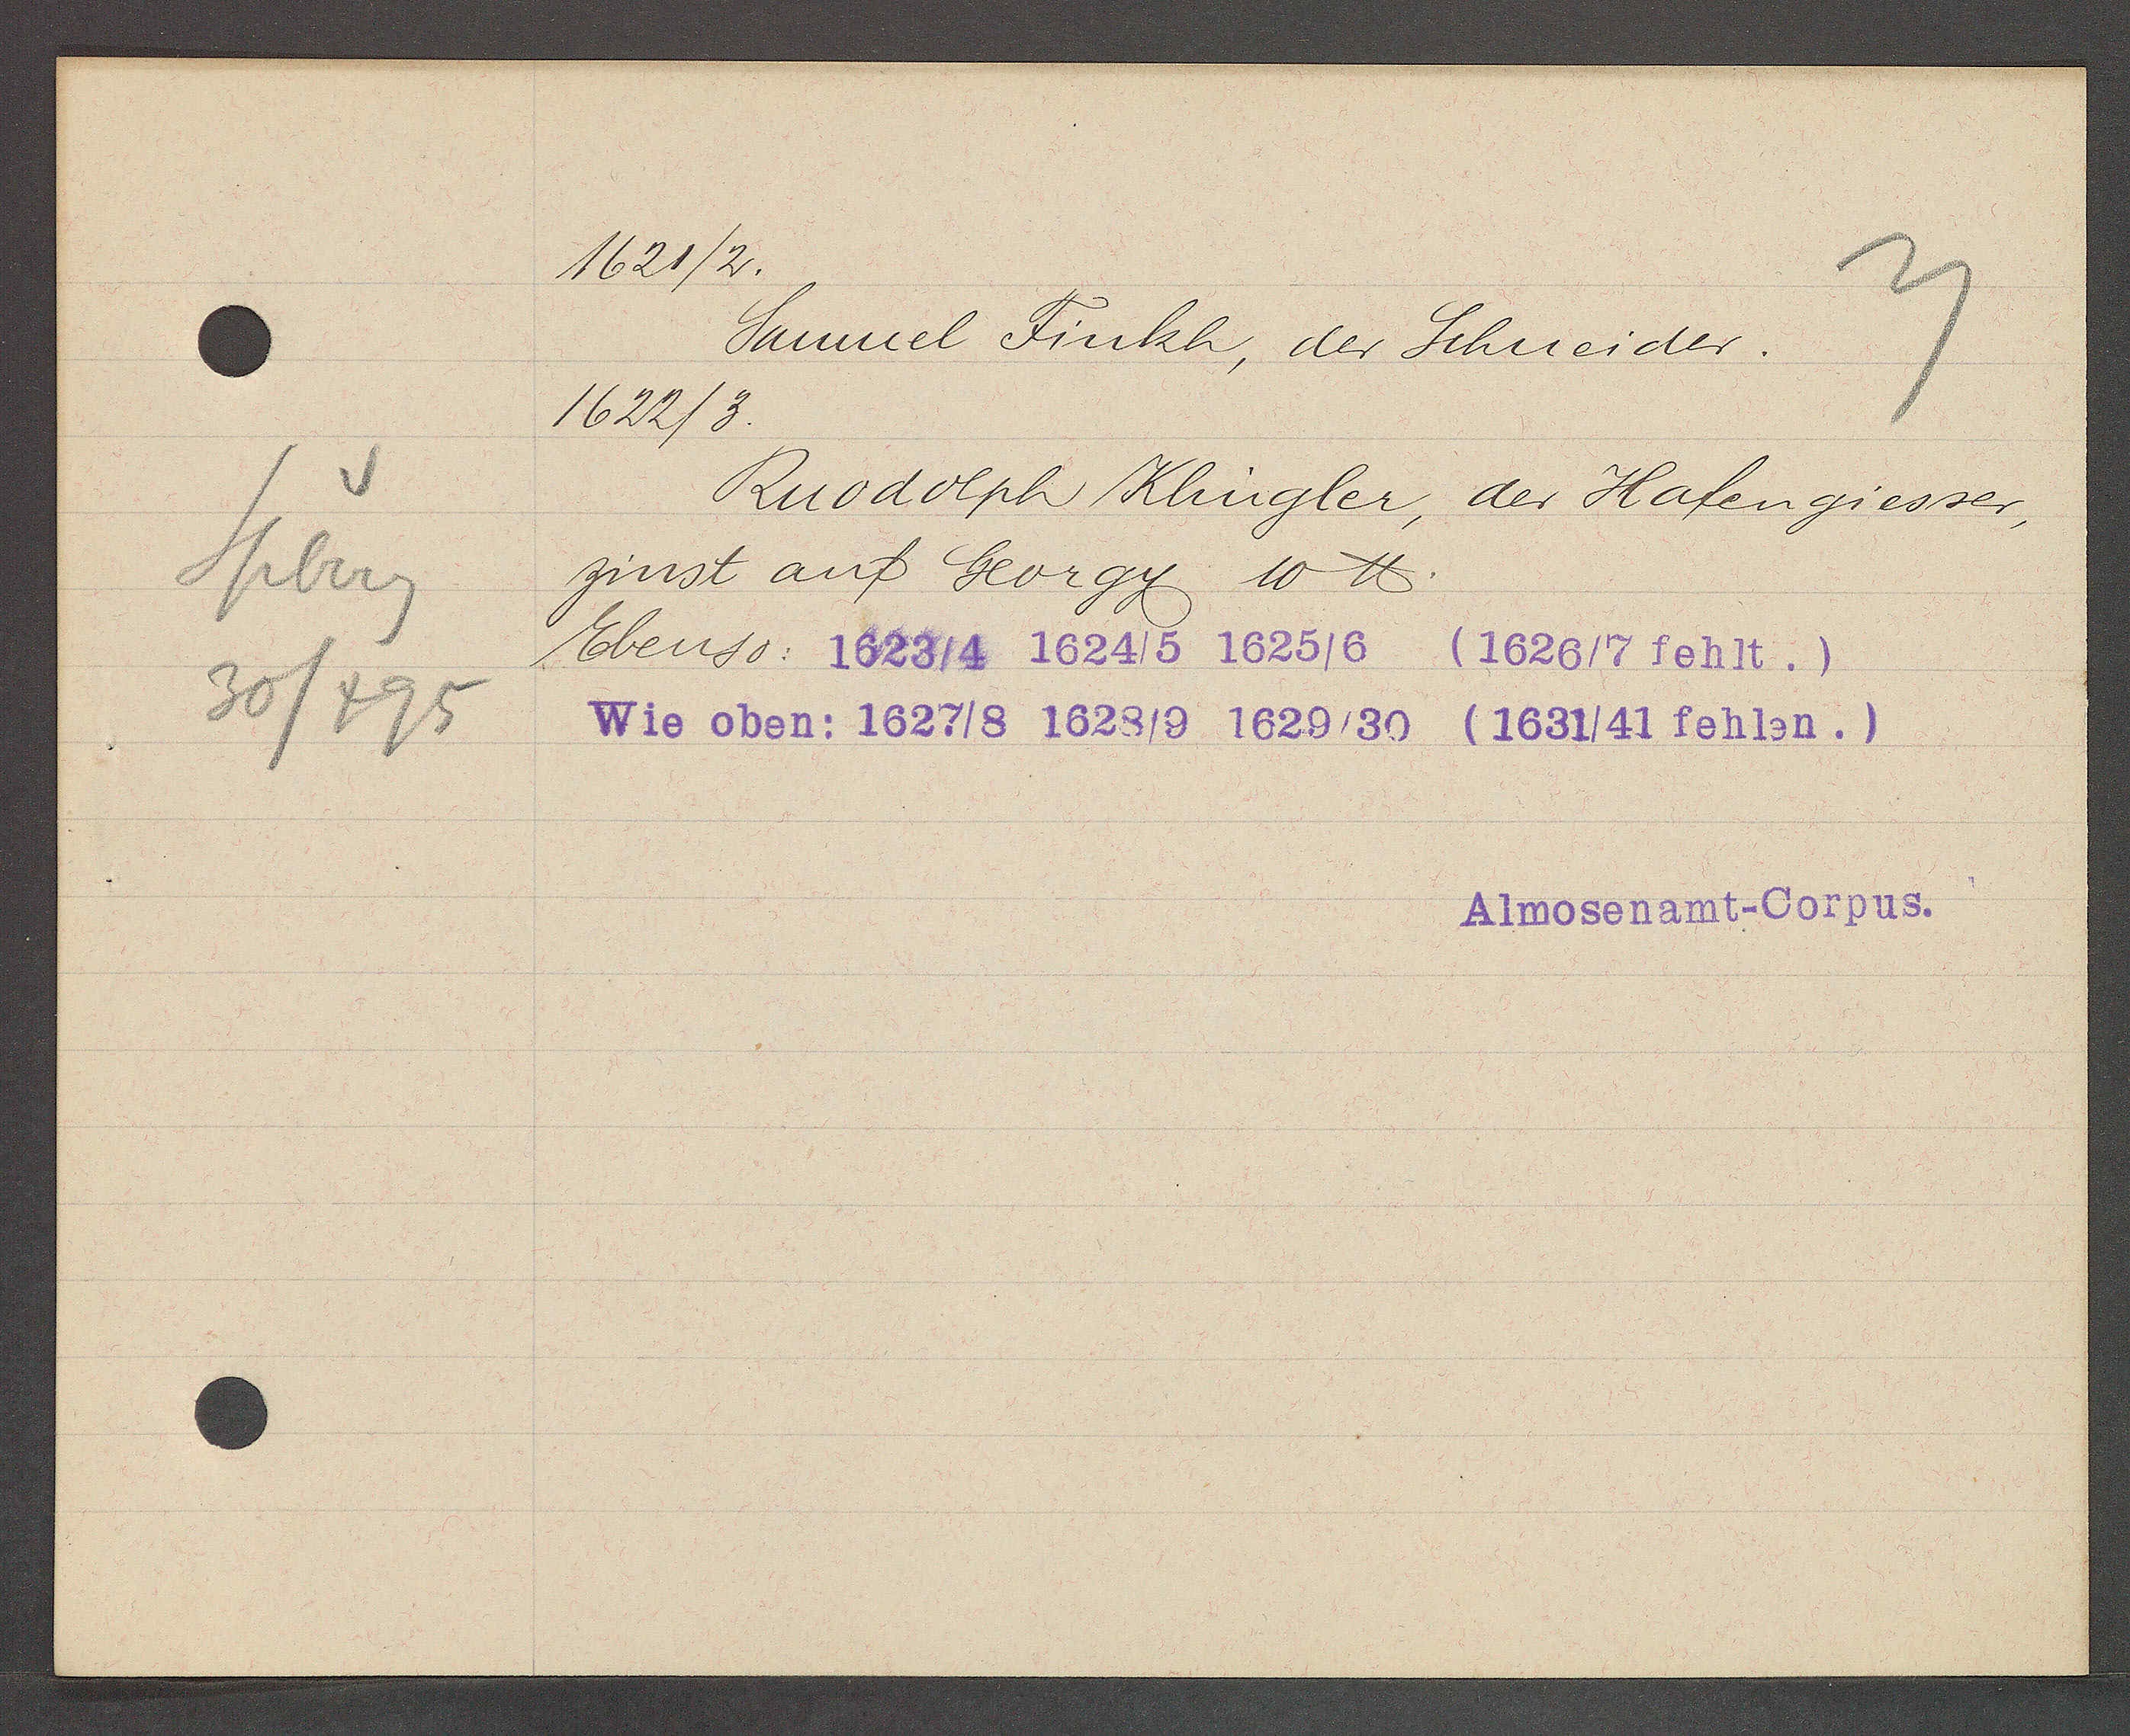
Transcript:
Spberg
30/495

1621/2.

Samuel Finkh, der Schneider.
1622/3.
Ruodolph Klingler, der Hafengiesser,
zinst auf Georgy 10 ℔.
Ebenso: 1623/4 1624/5 1625/6
(1626/7 fehlt.)
Wie oben: 1627/8 1628/9 1629/39 (1631/41 fehlen.)

Almosenamt-Corpus.